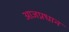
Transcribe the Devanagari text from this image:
आजप्रधान